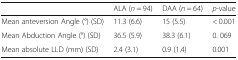
|  | ALA (n = 94) | DAA (n = 64) | p-value |
 | --- | --- | --- | --- |
 | Mean anteversion Angle (°) (SD) | 11.3 (6.6) | 15 (5.5) | < 0.001 |
 | Mean Abduction Angle (°) (SD) | 36.5 (5.9) | 38.3 (6.1) | 0. 069 |
 | Mean absolute LLD (mm) (SD) | 2.4 (3.1) | 0.9 (1.4) | 0.001 |